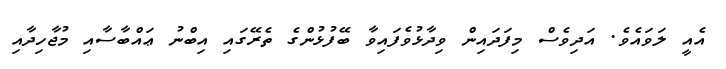
އެއީ ލަވައެވެ. އަދިވެސް މިފަދައިން ވިދާޅުވެފައިވާ ބޭފުޅުންގެ ތެރޭގައި އިބްނު ޢައްބާސާއި މުޖާހިދާއި